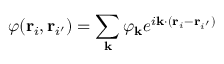
\varphi ( \mathbf { r } _ { i } , \mathbf { r } _ { i ^ { \prime } } ) = \sum _ { \mathbf { k } } \varphi _ { \mathbf { k } } e ^ { i \mathbf { k } \cdot ( \mathbf { r } _ { i } - \mathbf { r } _ { i ^ { \prime } } ) }